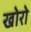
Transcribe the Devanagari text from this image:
खोरो